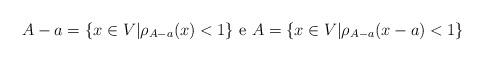
LaTeX: \begin{align*}A-a = \{x\in V| \rho_{A-a}(x)<1\} \textrm{ e } A = \{x\in V | \rho_{A-a}(x-a)<1\}\end{align*}